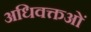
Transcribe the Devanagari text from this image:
अधिवक्तओं